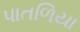
પાતળિયા